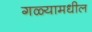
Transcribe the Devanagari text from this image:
गळ्यामधील